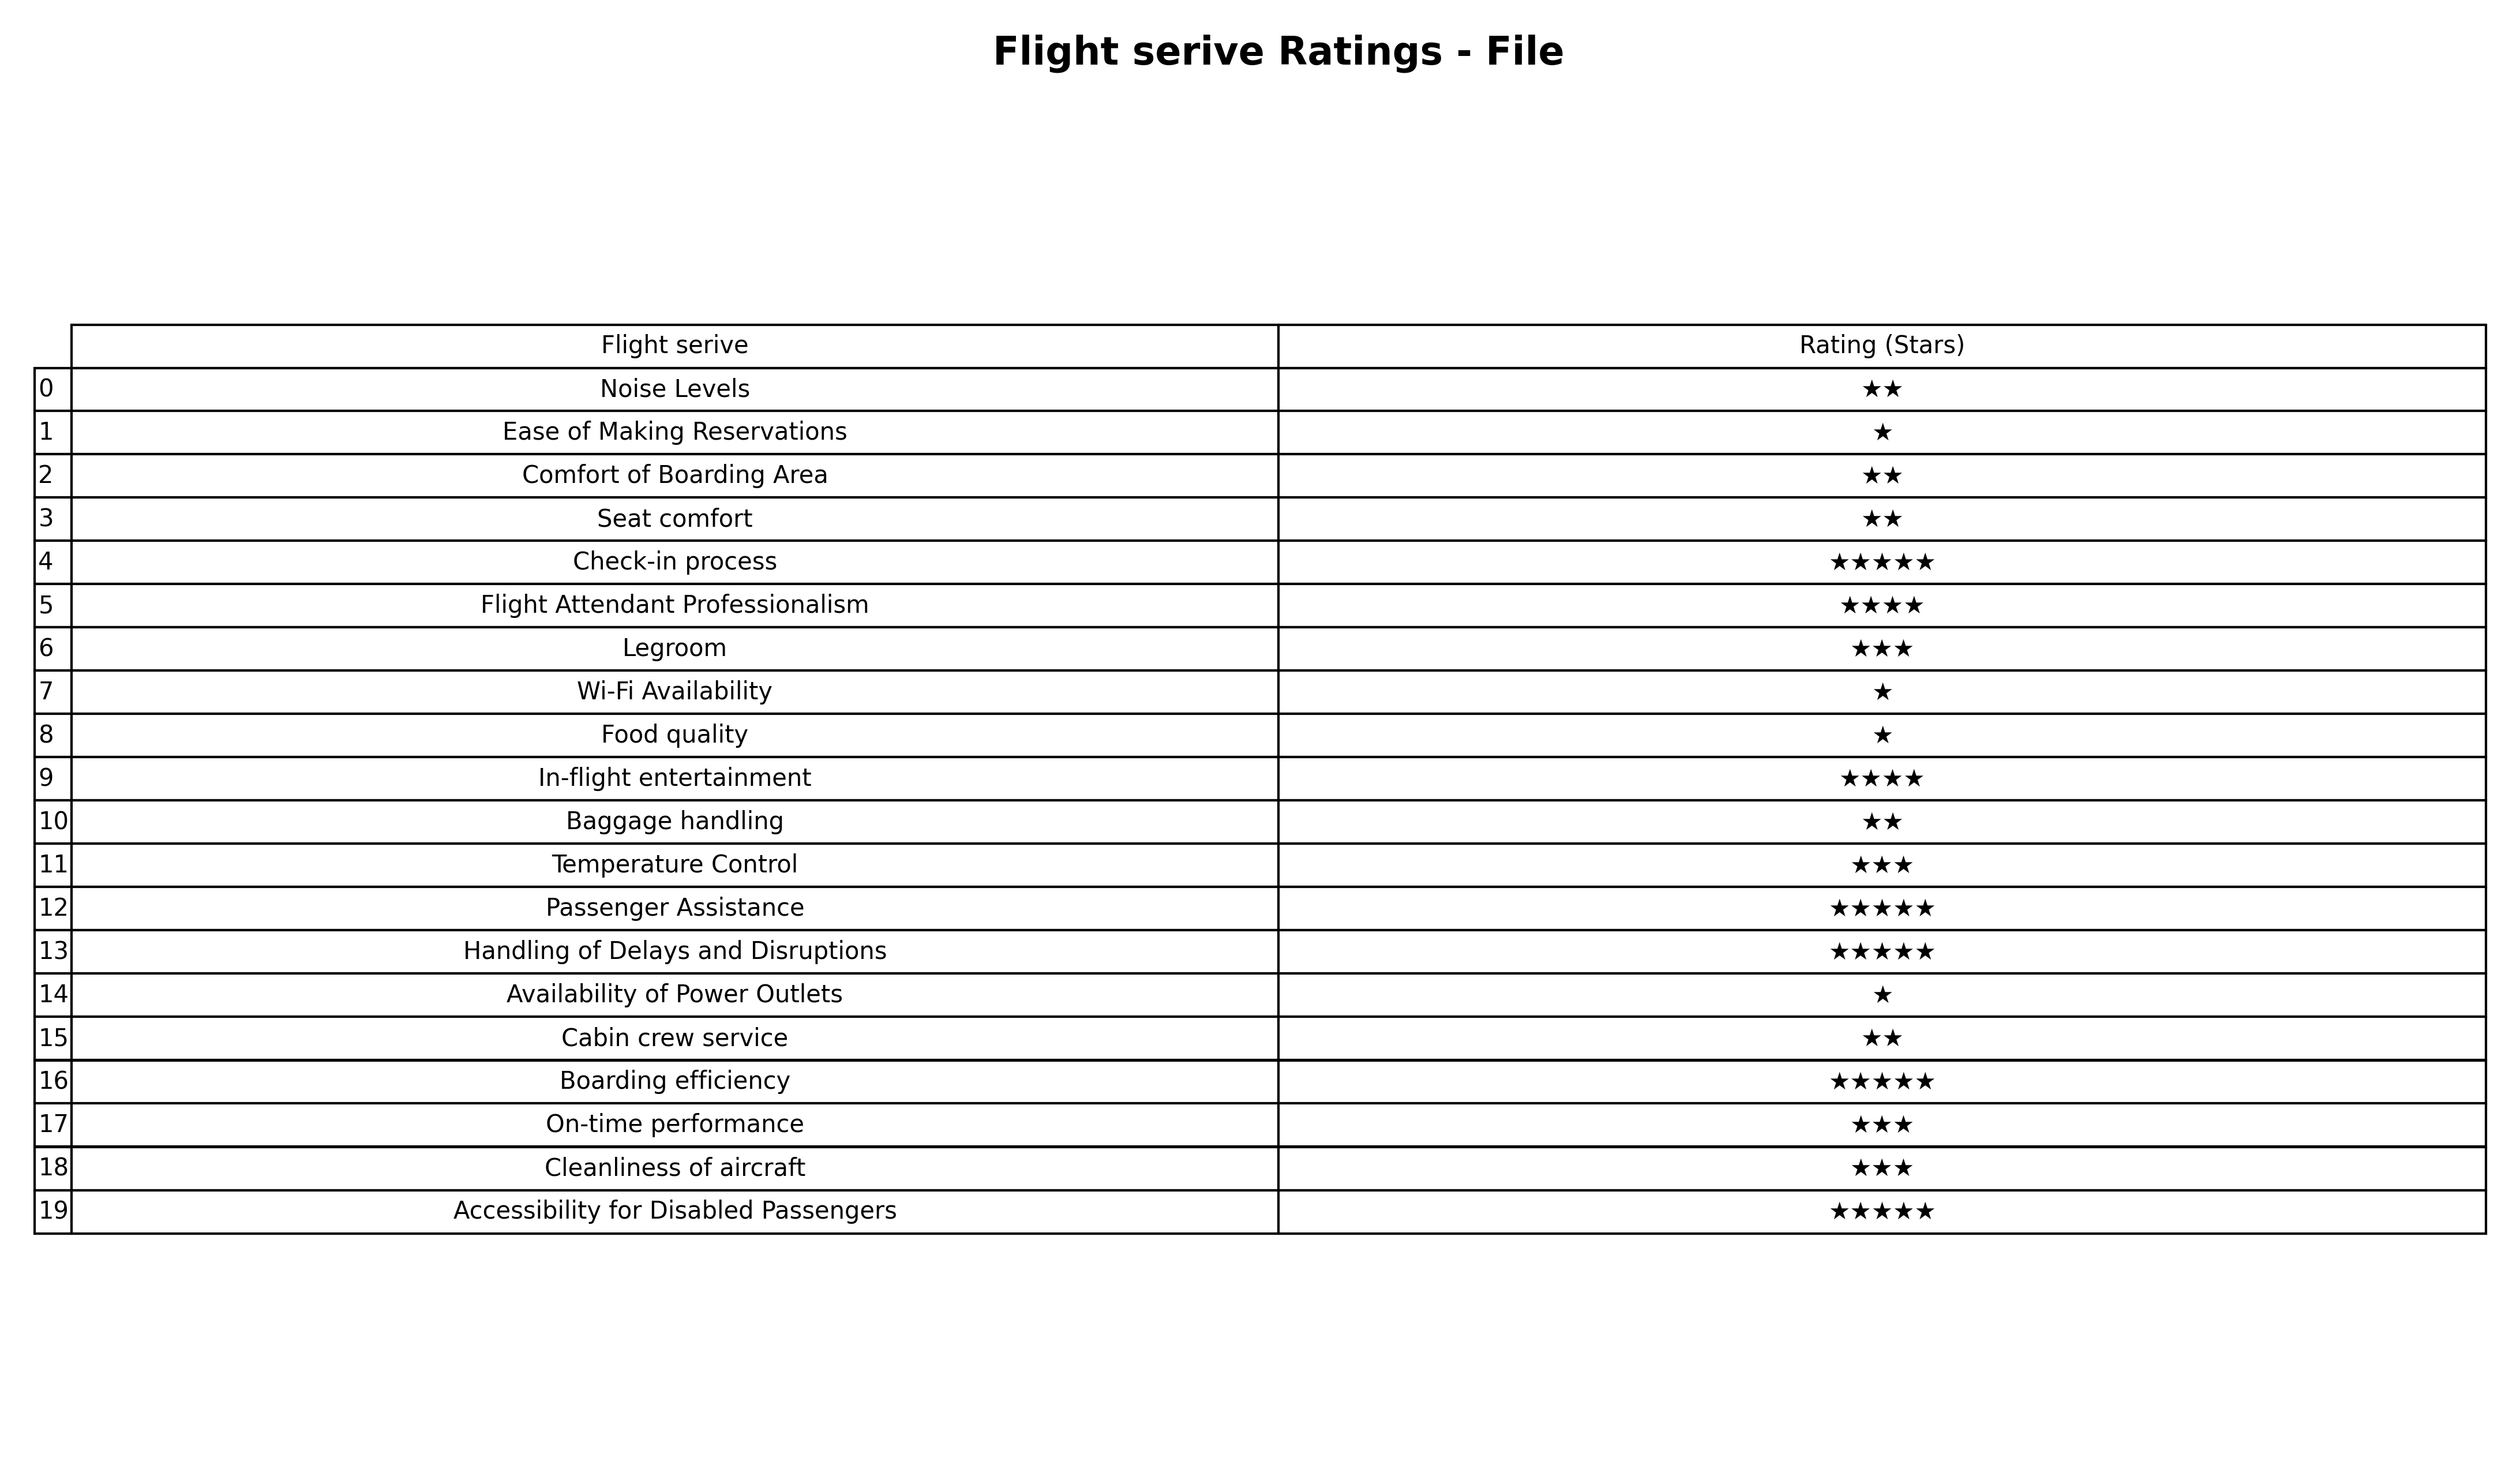
question: What is the rating of Cleanliness of aircraft?
answer: ★★★